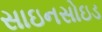
સાઇનસોઇડ